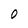
Character: 0